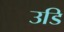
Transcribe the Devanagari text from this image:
उडि